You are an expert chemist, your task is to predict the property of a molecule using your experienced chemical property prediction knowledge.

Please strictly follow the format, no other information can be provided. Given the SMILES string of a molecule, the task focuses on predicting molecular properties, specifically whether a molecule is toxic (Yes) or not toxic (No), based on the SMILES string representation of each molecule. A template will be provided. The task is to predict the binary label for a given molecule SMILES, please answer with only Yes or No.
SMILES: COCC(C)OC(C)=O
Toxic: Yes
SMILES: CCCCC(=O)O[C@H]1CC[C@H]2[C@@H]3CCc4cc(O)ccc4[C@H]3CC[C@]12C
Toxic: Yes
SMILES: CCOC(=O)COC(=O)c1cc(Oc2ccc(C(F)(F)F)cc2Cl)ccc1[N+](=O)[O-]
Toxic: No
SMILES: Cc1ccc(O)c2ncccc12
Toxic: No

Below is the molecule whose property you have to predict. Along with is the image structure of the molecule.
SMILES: COc1ccc2c(c1)c(CC(=O)OCC(=O)O)c(C)n2C(=O)c1ccc(Cl)cc1
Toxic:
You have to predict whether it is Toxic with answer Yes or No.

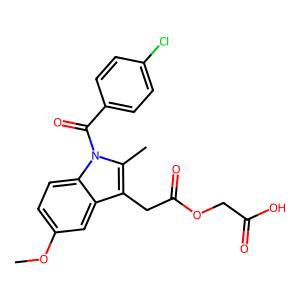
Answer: No